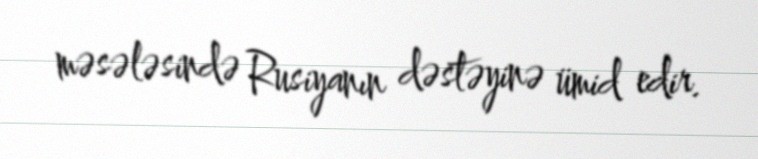
məsələsində Rusiyanın dəstəyinə ümid edir.